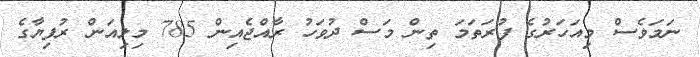
ނަމަވެސް މިއަހަރުގެ ފުރަތަމަ ތިން މަސް ދުވަހު ރާއްޖެއިން 785 މިލިއަން ރުފިޔާގެ